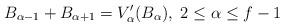
LaTeX: \begin{align*}B_{\alpha-1} + B_{\alpha+1} = V_{\alpha}^{\prime}(B_{\alpha}), \;2 \leq \alpha \leq f-1\end{align*}